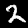
Digit: 2